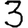
Digit: 3